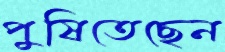
পুষিতেছেন